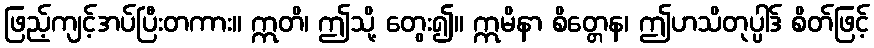
ဖြည့်ကျင့်အပ်ပြီးတကား။ ဣတိ၊ ဤသို့ တွေး၍။ ဣမိနာ စိတ္တေန၊ ဤဟသိတုပ္ပါဒ် စိတ်ဖြင့်